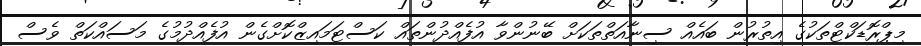
މިޕްރޮޑަކްޓްތަކުގެ އިތުރުން ބައެއް ސިނާއަތްތަކަށް ބޭނުންވާ އުފެއްދުންތައް ކަސްޓަމައިޒްކޮށްގެން އުފެއްދުމުގެ މަސައްކަތް ވެސް